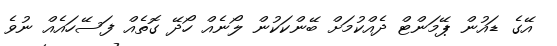
އޭގެ ޑައުން ޕޭމަންޓް ދެއްކުމަށް ބޭންކަކުން ލޯނެއް ހޯދޭ ގޮތެއް ފަސޭހައެއް ނުވެ